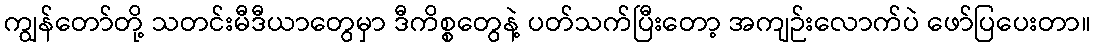
ကျွန်တော်တို့ သတင်းမီဒီယာတွေမှာ ဒီကိစ္စတွေနဲ့ ပတ်သက်ပြီးတော့ အကျဉ်းလောက်ပဲ ဖော်ပြပေးတာ။